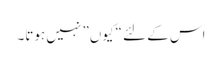
اس کے لئے “کیوں” نہیں ہوتا۔